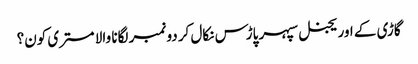
گاڑی کے اوریجنل سپہر پاڑس نکال کر دو نمبر لگانا والا مستری کون؟